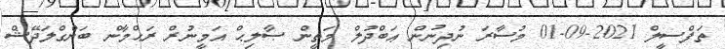
ތަފްސީލް 2021-09-01 މުސާރަ ނުދިނުން ޢަބްދުލް މަތީން ޞާލިޙް އަމީނުރް ރަޙްމާން ބަންގްލަދޭޝް